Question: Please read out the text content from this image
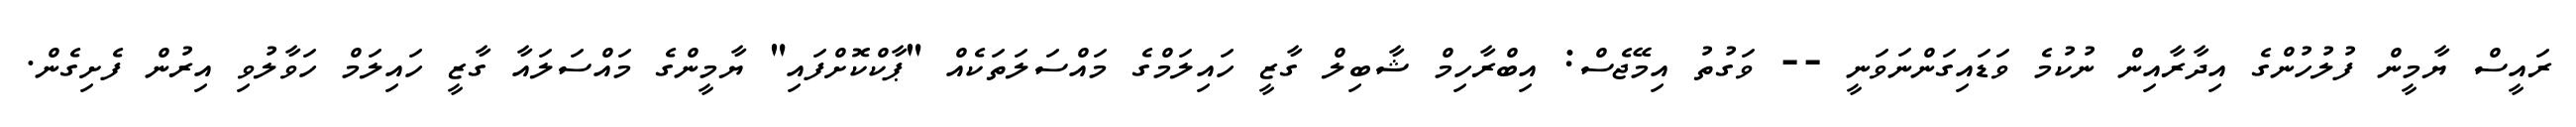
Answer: ރައީސް ޔާމީން ފުލުހުންގެ އިދާރާއިން ނުކުމެ ވަޑައިގަންނަވަނީ -- ވަގުތު އިމޭޖެސް: އިބްރާހިމް ޝާބިލް ގާޒީ ހައިލަމްގެ މައްސަލަތަކެއް "ޕާކްކޮށްފައި" ޔާމީންގެ މައްސަލައާ ގާޒީ ހައިލަމް ހަވާލުވި އިރުން ފެށިގެން.